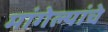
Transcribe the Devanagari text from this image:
मांगेल्यांचे